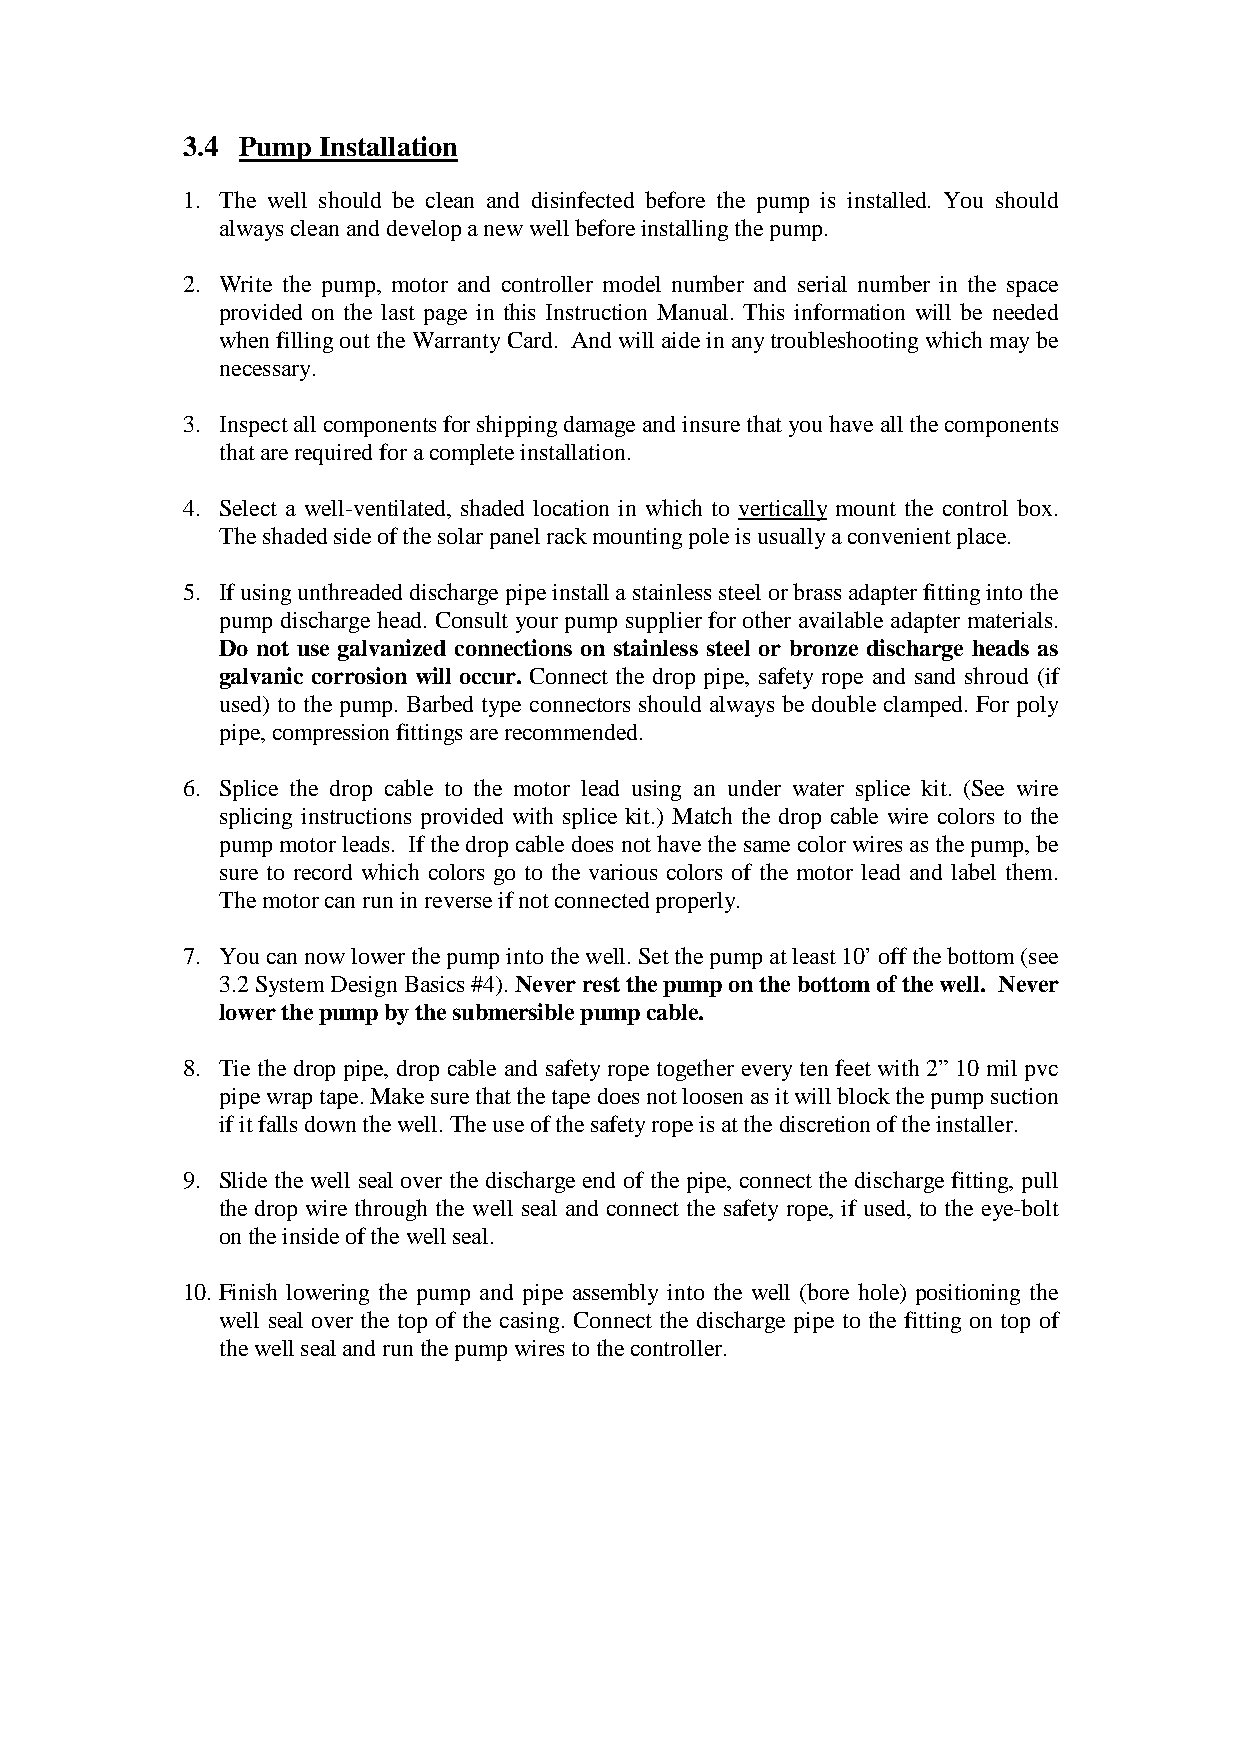
3.4 Pump Installation
 1. The well should be clean and disinfected before the pump is installed. You should
 alwayscleananddevelopanewwellbeforeinstallingthepump.
 2. Write the pump, motor and controller model number and serial number in the space
 provided on the last page in this Instruction Manual. This information will be needed
 whenfillingouttheWarrantyCard. Andwillaideinanytroubleshootingwhichmaybe
 necessary.
 3. Inspectallcomponentsforshippingdamageandinsurethatyouhaveallthecomponents
 thatarerequiredforacompleteinstallation.
 4. Select a well-ventilated, shaded location in which to vertically mount the control box.
 Theshadedsideofthesolarpanelrackmountingpoleisusuallyaconvenientplace.
 5. Ifusingunthreadeddischargepipeinstallastainlesssteelorbrassadapterfittingintothe
 pump discharge head. Consult your pump supplierfor other available adapter materials.
 Do not use galvanized connections on stainless steel or bronze discharge heads as
 galvanic corrosion will occur. Connect the drop pipe, safety rope and sand shroud (if
 used) to the pump. Barbed type connectors should always be double clamped. For poly
 pipe,compressionfittingsarerecommended.
 6. Splice the drop cable to the motor lead using an under water splice kit. (See wire
 splicing instructions provided with splice kit.) Match the drop cable wire colors to the
 pumpmotorleads. Ifthedropcabledoesnothavethesamecolorwiresasthepump,be
 sure to record which colors go to the various colors of the motor lead and label them.
 Themotorcanruninreverseifnotconnectedproperly.
 7. Youcannowlowerthepumpintothewell.Setthepumpatleast10’offthebottom(see
 3.2SystemDesignBasics#4).Neverrestthepumponthebottomofthewell. Never
 lowerthepumpbythesubmersiblepumpcable.
 8. Tie the drop pipe, drop cable and safetyrope together everyten feet with 2”10 mil pvc
 pipewraptape.Makesurethatthetapedoesnotloosenasitwillblockthepumpsuction
 ifitfallsdownthewell.Theuseofthesafetyropeisatthediscretionoftheinstaller.
 9. Slide the well seal over the discharge end of the pipe, connectthe discharge fitting, pull
 the drop wire through the well seal and connect the safety rope, if used, to the eye-bolt
 ontheinsideofthewellseal.
 10. Finish lowering the pump and pipe assembly into the well (bore hole) positioning the
 well seal over the top of the casing. Connect the discharge pipe to the fitting on top of
 thewellsealandrunthepumpwirestothecontroller.